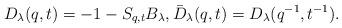
LaTeX: \begin{align*}D_\lambda(q,t)=-1-S_{q,t} B_\lambda,\bar D_\lambda(q,t) = D_\lambda(q^{-1}, t^{-1}).\end{align*}